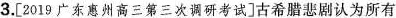
3.[2019广东惠州高三第三次调研考试]古希腊悲剧认为所有